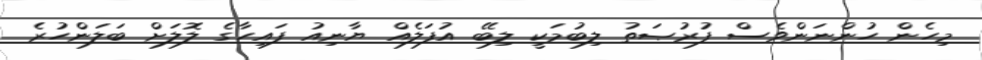
މިހެން ހުންނަންވެސް ފުރުޞަތު ލިބުމަކީ ލިބޭ އުފަލެއް ޔާނިއު ފައިހާގެ ލޮލަށް ބަލަންހުރެ